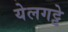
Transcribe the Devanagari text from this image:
येलगट्टे